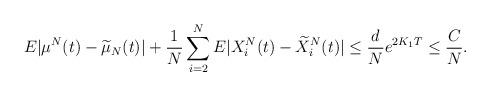
LaTeX: \begin{align*}E |\mu^N(t)- \widetilde{\mu}_N(t)| + \frac1N \sum_{i=2}^N E|X^N_i(t) - \widetilde{X}^N_i(t)| \leq \frac dN e^{2K_1 T} \leq \frac CN.\end{align*}